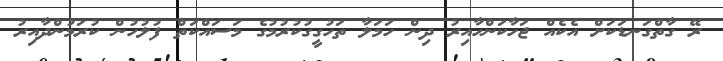
ރޭ ގާތްގަނޑަކަށް އެކެއް ޖަހާކަންހާއިރު ދިން ހަމަލާ ތަހުގީގުކުރުމުގެ މަސައްކަތް ފުލުހުން ކުރަމުންދާއިރު